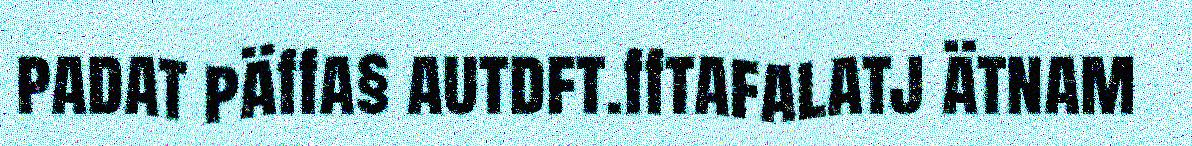
padat päffa§ autdft.fftafalatj ätnam